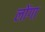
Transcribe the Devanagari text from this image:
लोंगा